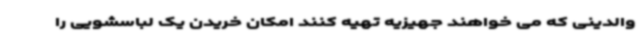
والدینی که می خواهند جهیزیه تهیه کنند امکان خریدن یک لباسشویی را